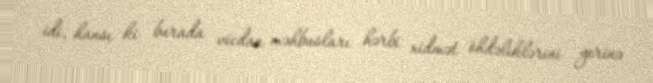
idi, hansı ki burada vicdan məhbusları hərbi xidmət öhdəliklərini yerinə